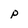
Character: p